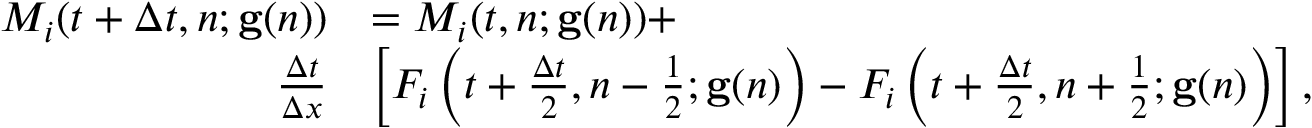
\begin{array} { r l } { M _ { i } ( t + \Delta t , n ; \mathbf { g } ( n ) ) } & { = M _ { i } ( t , n ; \mathbf { g } ( n ) ) + } \\ { \frac { \Delta t } { \Delta x } } & { \left[ F _ { i } \left( t + \frac { \Delta t } { 2 } , n - \frac { 1 } { 2 } ; \mathbf { g } ( n ) \right) - F _ { i } \left( t + \frac { \Delta t } { 2 } , n + \frac { 1 } { 2 } ; \mathbf { g } ( n ) \right) \right] , } \end{array}